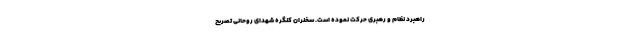
راهبرد نظام و رهبری حرکت نموده است. سخنران کنگره شهدای روحانی تصریح